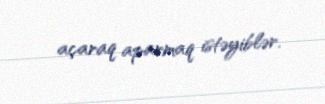
açaraq aparmaq istəyiblər.